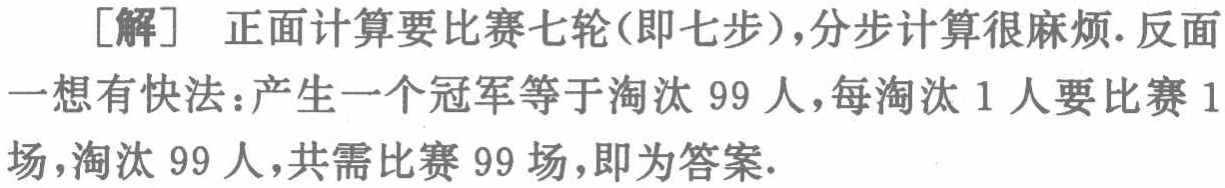
[解] 正面计算要比赛七轮(即七步),分步计算很麻烦.反面一想有快法：产生一个冠军等于淘汰 99 人,每淘汰 1 人要比赛 1 场,淘汰 99 人,共需比赛 99 场,即为答案.